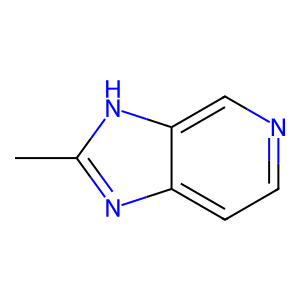
SMILES: Cc1nc2ccncc2[nH]1
Inhibits HIV replication: No